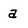
Character: a